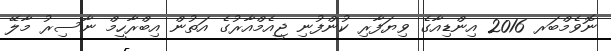
ނޮވެމްބަރ 2016 އިންޑިއާގެ ވިޔަފާރި ކުންފުނި ޖީއެމްއާރުގެ އަތުން އިބްރާހީމް ނާސިރު މާލޭ